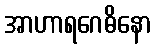
အာဟာရဂေဓိနော